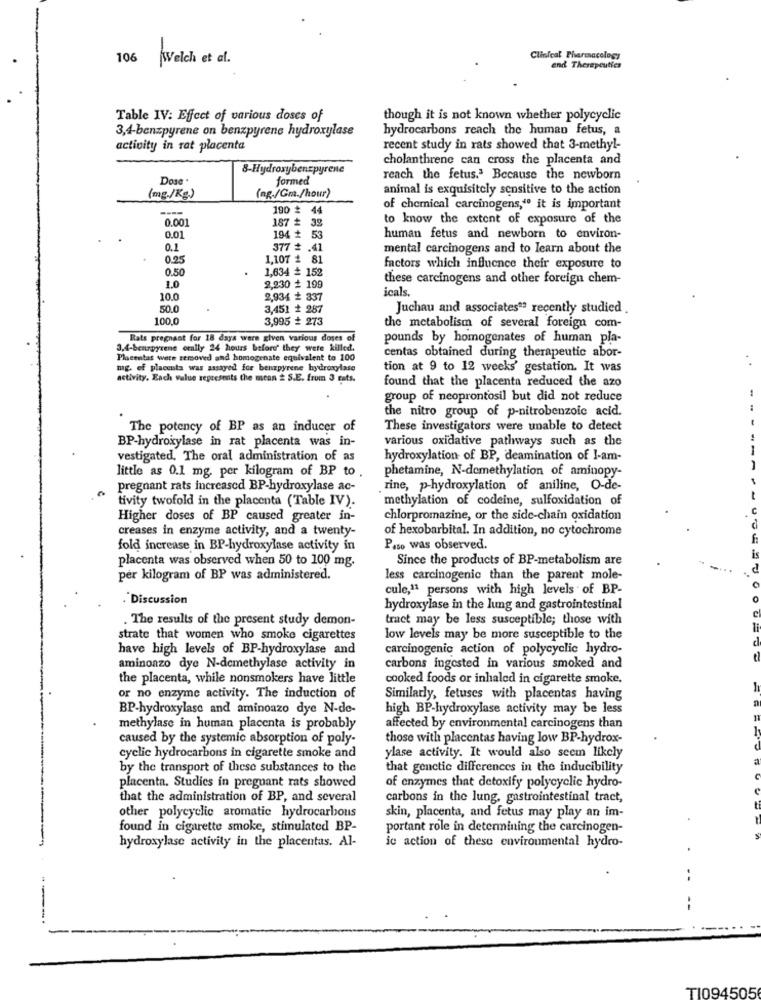
Clinical Pharmacology
106 Welch et al .
end Therapeutics
Table IV: Effect of various doses of
though it is not known whether polycyclic
3,4-benzpyrene on benzpyrene hydroxylase
hydrocarbons reach the human fetus, a
activity in rat placenta
recent study in rats showed that 3-methyl-
cholanthrene can cross the placenta and
8-Hydroxybenzpyrene
Dose .
formed
reach the fetus.ª Because the newborn
animal is exquisitely sensitive to the action
(mg./Kg.)
(ng./Gm./hour)
190 * 44
of chemical carcinogens," it is important
0.001
to know the extent of exposure of the
187 # 39
0.01
194 + 53
human fetus and newborn to environ-
0.1
377 # .41
mental carcinogens and to learn about the
0.25
1,107 2 81
0.50
1,634 ≥ 152
factors which influence their exposure to
these carcinogens and other foreign chem-
1.0
2,230 # 199
icals.
10.0
2,934 * 337
50.0
3,451 + 287
Juchau and associates"? recently studied .
100.0
3,995 # 273
the metabolism of several foreign com-
Rats pregnant for 18 days were given various doses of
pounds by homogenates of human pla-
3,4-benzpyrene orally 24 hours before' they were killed.
Placentas were removed and homogenate equivalent to 100
centas obtained during therapeutic abor-
mg. of placenta was assayed for benzpyrene hydroxylase
tion at 9 to 12 weeks' gestation. It was
activity. Each value represents the mean # S.E. from 3 Fats.
found that the placenta reduced the azo
group of neoprontosil but did not reduce
the nitro group of p-nitrobenzoic acid.
The potency of BP as an inducer of
These investigators were unable to detect
various oxidative pathways such as the
BP-hydroxylase in rat placenta was in-
vestigated. The oral administration of as
hydroxylation of BP, deamination of I-am-
little as 0.1 mg. per kilogram of BP to
phetamine, N-demethylation of aminopy-
Pregnant rats increased BP-hydroxylase ac-
rine, p-hydroxylation of aniline, O-de-
tivity twofold in the placenta (Table IV).
methylation of codeine, sulfoxidation of
Higher doses of BP caused greater in-
chlorpromazine, or the side-chain oxidation
creases in enzyme activity, and a twenty-
of hexobarbital. In addition, no cytochrome
fold increase in BP-hydroxylase activity in
Paso was observed.
placenta was observed when 50 to 100 mg.
Since the products of BP-metabolism are
per kilogram of BP was administered.
less carcinogenic than the parent mole-
cule,11 persons with high levels of BP-
.Discussion
hydroxylase in the lung and gastrointestinal
. The results of the present study demon-
tract may be less susceptible; those with
strate that women who smoke cigarettes
low levels may be more susceptible to the
have high levels of BP-hydroxylase and
carcinogenic action of polycyclic hydro-
aminoazo dye N-demethylase activity in
carbons ingested in various smoked and
the placenta, while nonsmokers have little
cooked foods or inhaled in cigarette smoke.
or no enzyme activity. The induction of
Similarly, fetuses with placentas having
BP-hydroxylase and aminoazo dye N-de-
high BP-hydroxylase activity may be less
methylase in human placenta is probably
affected by environmental carcinogens than
caused by the systemic absorption of poly-
those with placentas having low BP-hydrox-
cyclic hydrocarbons in cigarette smoke and
ylase activity. It would also seem likely
by the transport of these substances to the
that genetic differences in the inducibility
placenta. Studies in preguant rats showed
of enzymes that detoxify polycyclic hydro-
that the administration of BP, and several
carbons in the lung, gastrointestinal tract,
other polycyclic aromatic hydrocarbons
skin, placenta, and fetus may play an im-
found in cigarette smoke, stimulated BP-
portant role in determining the carcinogen-
hydroxylase activity in the placentas. Al-
ic action of these environmental hydro-
.
--
T1094505